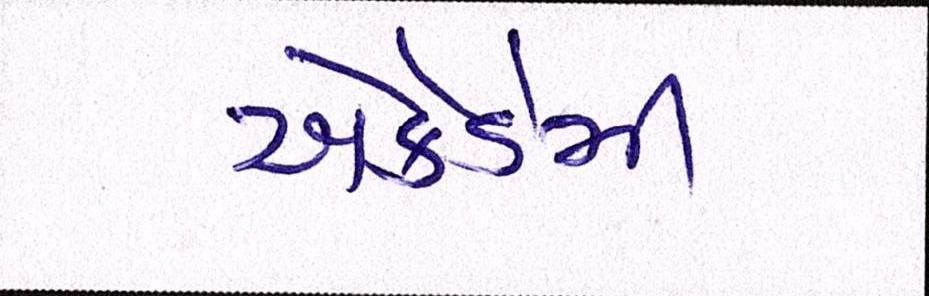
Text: એકેડેમી